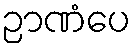
ဉာဏံပေ